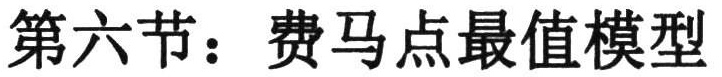
第六节：费马点最值模型